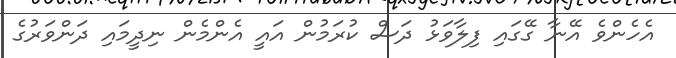
އެހެންވެ އޭނާ ގޭގައި ފިލާވަޅު ދަސް ކުރަމުން އައީ އެންމެން ނިދީމައި ދަންވަރުގެ